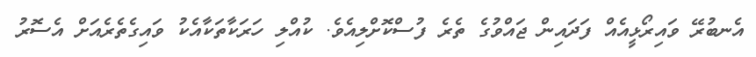
އެނބުރޭ ވައިރޯޅީއެއް ފަދައިން ޖައްވުގެ ތެރެ ފުސްކޮށްލިއެވެ. ކުއްލި ހަރަކާތަކާއެކު ވައިގެތެރެއަށް އެސޮރު